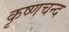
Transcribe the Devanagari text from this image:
कृष्णचन्द